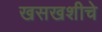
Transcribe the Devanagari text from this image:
खसखशीचे